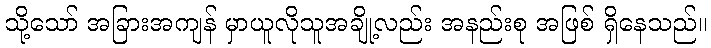
သို့သော် အခြားအကျန် မှာယူလိုသူအချို့လည်း အနည်းစု အဖြစ် ရှိနေသည်။